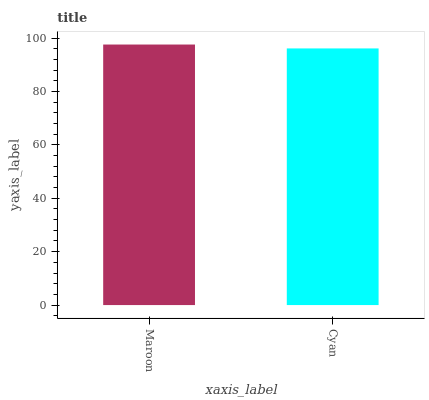
| xaxis_label | bars |
 | --- | --- |
 | Maroon | 97.6 |
 | Cyan | 96.1 |